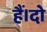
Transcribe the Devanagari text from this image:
हैं।दो